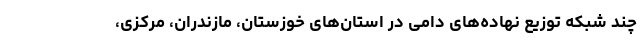
چند شبکه توزیع نهاده‌های دامی در استان‌های خوزستان، مازندران، مرکزی،